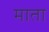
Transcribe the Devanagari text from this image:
माता